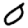
Digit: 0